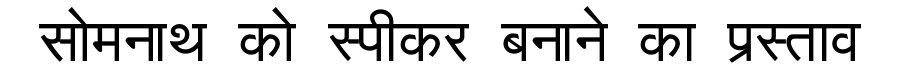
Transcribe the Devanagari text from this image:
सोमनाथ को स्पीकर बनाने का प्रस्ताव